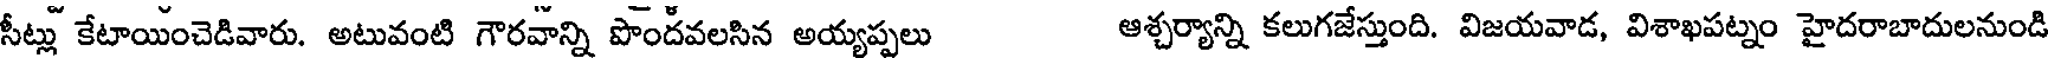
సీట్లు కేటాయించెడివారు. అటువంటి గౌరవాన్ని పొందవలసిన అయ్యప్పలు ఆశ్చర్యాన్ని కలుగజేస్తుంది. విజయవాడ, విశాఖపట్నం హైదరాబాదులనుండి